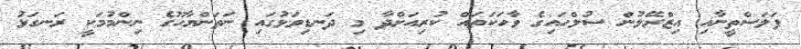
ފަލަސްތީނާއި އިޒްރޭލުން ސުލްހައިގެ ވާހަކަތައް ކުރިއަށްދާ މި ދަނޑިވަޅުގައި ނަތަންޔާހޫގެ ނިންމުމަކީ ރަނގަޅު